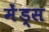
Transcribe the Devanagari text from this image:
मेंड्स